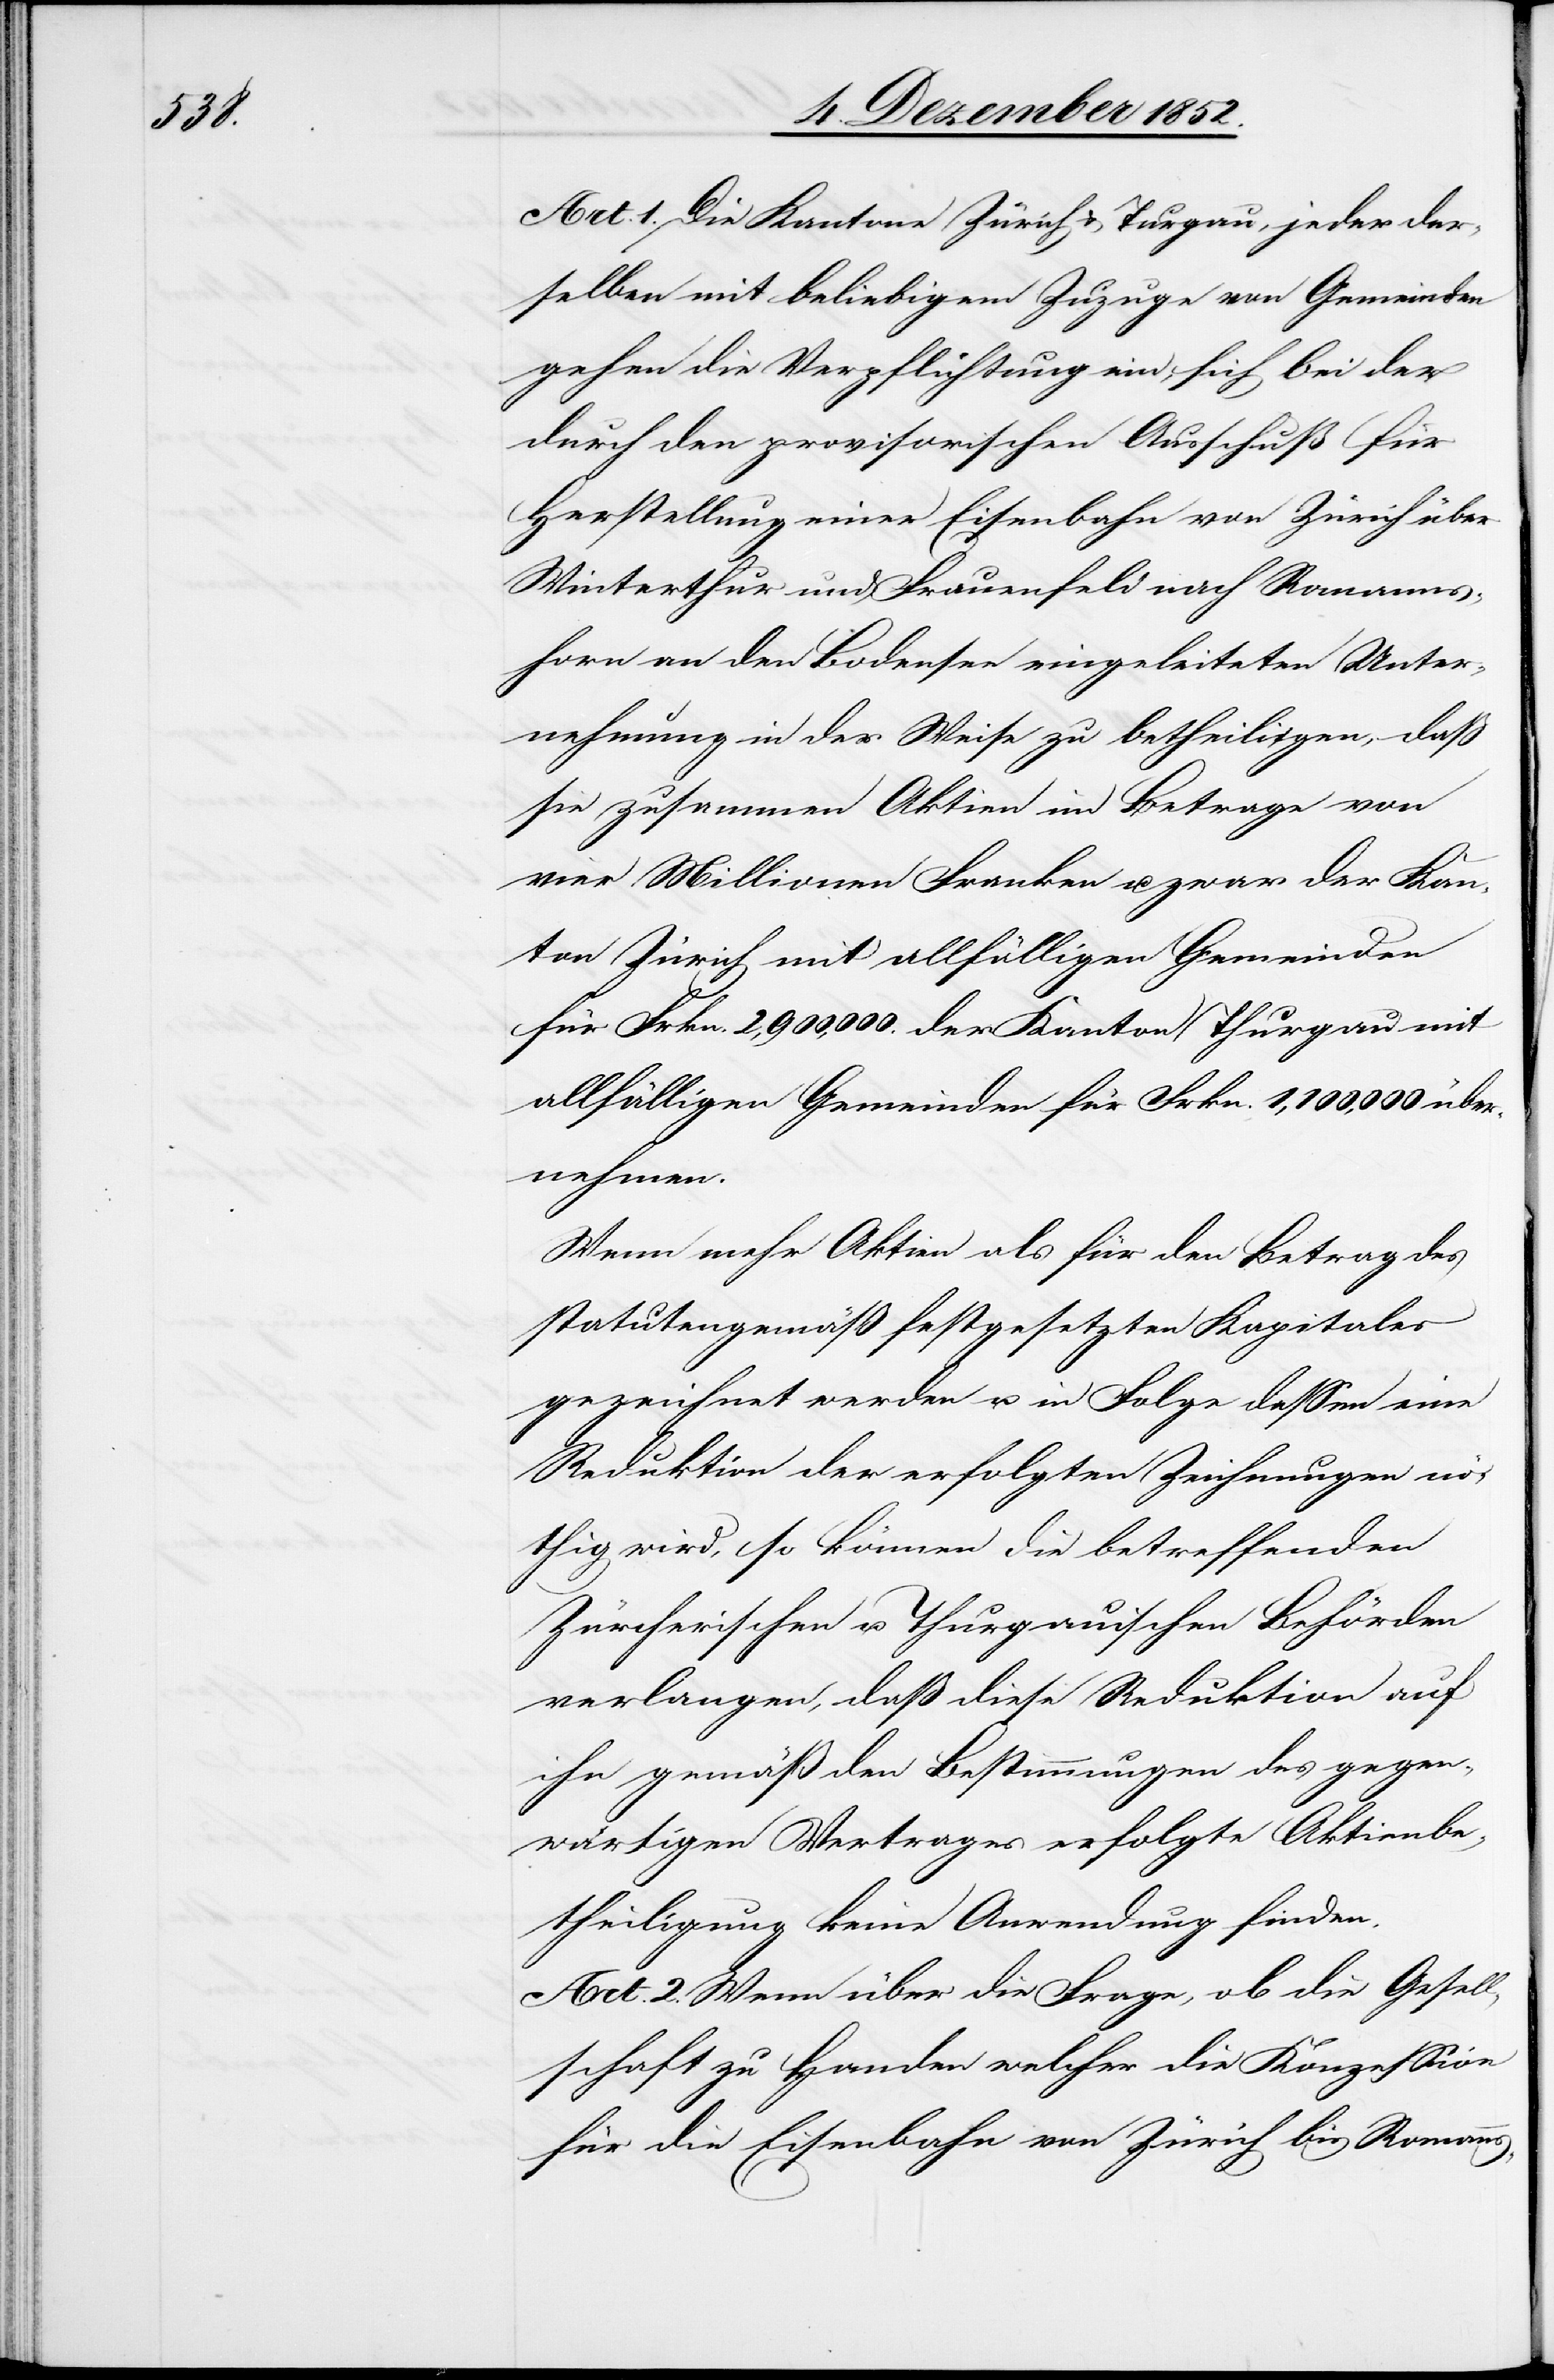
Art. 1. Die Kantone Zürich & Thurgau, jeder der¬
selben mit beliebigem Zuzuge von Gemeinden
gehen die Verpflichtung ein, sich bei der
durch den provisorischen Ausschuß für
Herstellung einer Eisenbahn von Zürich über
Winterthur und Frauenfeld nach Romanns¬
horn an den Bodensee eingeleiteten Unter¬
nehmung in der Weise zu betheiligen, daß
sie zusammen Aktien im Betrage von
vier Millionen Franken u. zwar der Kan¬
ton Zürich mit allfälligen Gemeinden
für Frkn. 2,900,000. der Kanton Thurgau mit
allfälligen Gemeinden für Frkn. 1,100,000 über¬
nehmen.
Wenn mehr Aktien als für den Betrag des
statutengemäß festgesetzten Kapitales
gezeichnet werden u. in Folge dessen eine
Reduktion der erfolgten Zeichnungen nö¬
thig wird, so können die betreffenden
Zürcherischen u. Thurgauischen Behörden
verlangen, daß diese Reduktion auf
[sic!] gemäß den Bestimmungen des gegen¬
wärtigen Vertrages erfolgte Aktienbe¬
theiligung keine Anwendung finden.
Art. 2. Wenn über die Frage, ob die Gesell¬
schaft zu Handen welcher die Konzession
für die Eisenbahn von Zürich bis Romanns-